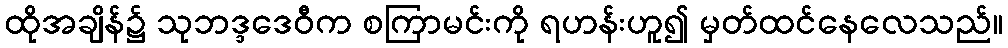
ထိုအချိန်၌ သုဘဒ္ဒဒေဝီက စကြာမင်းကို ရဟန်းဟူ၍ မှတ်ထင်နေလေသည်။